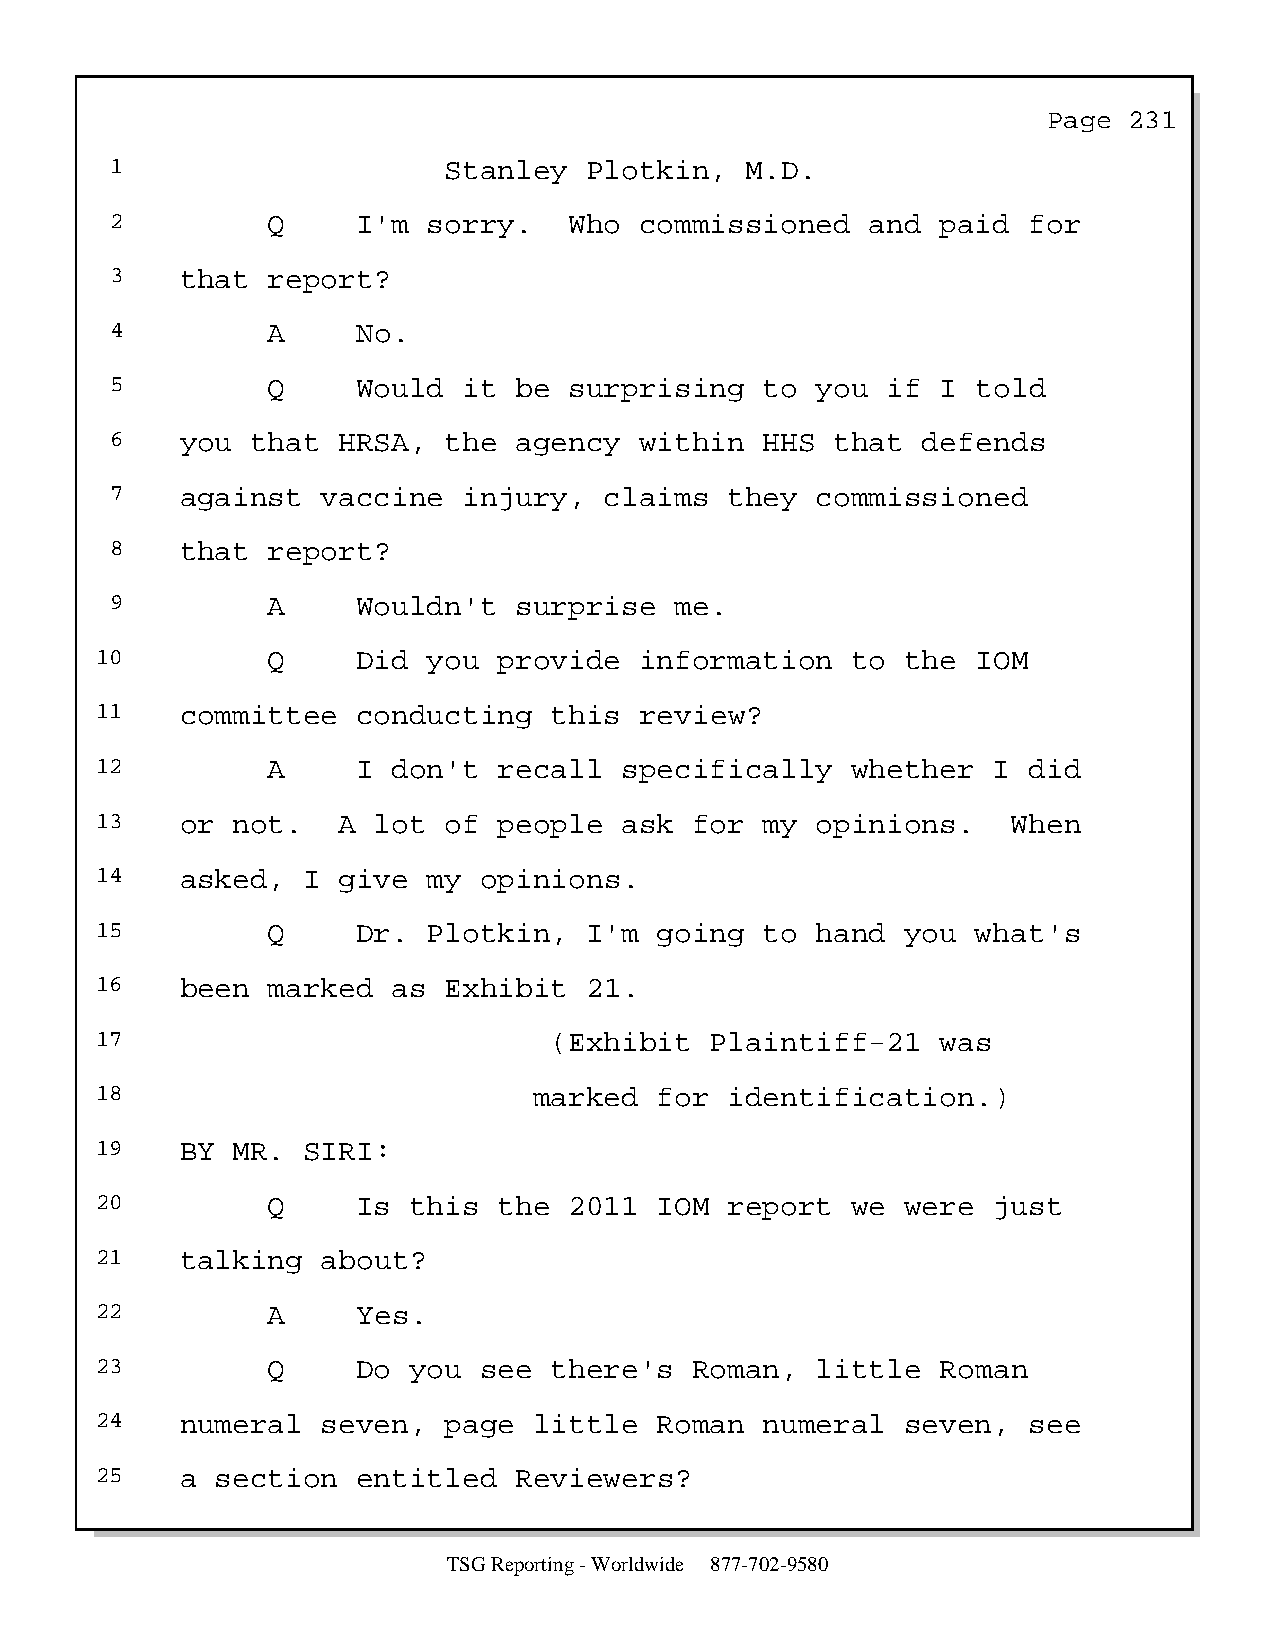
Page  231
 1                     Stanley   Plotkin,  M.D.
 2          Q     I'm sorry.    Who commissioned    and paid  for
 3    that  report?
 4          A     No.
 5          Q     Would  it be  surprising   to you  if I  told
 6    you  that HRSA,  the  agency  within   HHS that  defends
 7    against  vaccine   injury,  claims  they  commissioned
 8    that  report?
 9          A     Wouldn't  surprise   me.
 10          Q     Did you  provide  information   to  the  IOM
 11    committee   conducting  this  review?
 12          A     I don't  recall  specifically   whether   I did
 13    or not.   A  lot of  people  ask  for  my opinions.    When
 14    asked,  I give  my  opinions.
 15          Q     Dr. Plotkin,   I'm  going  to hand  you  what's
 16    been  marked  as Exhibit   21.
 17                            (Exhibit   Plaintiff-21   was
 18                           marked   for identification.)
 19    BY MR.  SIRI:
 20          Q     Is this  the  2011  IOM report  we  were  just
 21    talking  about?
 22          A     Yes.
 23          Q     Do you  see there's   Roman,  little  Roman
 24    numeral  seven,  page  little   Roman  numeral  seven,  see
 25    a section   entitled  Reviewers?
 TSG Reporting - Worldwide 877-702-9580